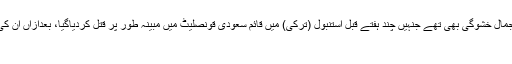
اس میں تین مہمانوں کو بلایا گیا تھا، جن میں ایک سعودی صحافی جمال خشوگی بھی تھے جنہیں چند ہفتے قبل استنبول (ترکی) میں قائم سعودی قونصلیٹ میں مبینہ طور پر قتل کردیاگیا، بعدازاں ان کی لاش کو قونصل جنرل کی رہائش گاہ کے قریب ایک خالی جگہ پر
دبا دیا گیا۔